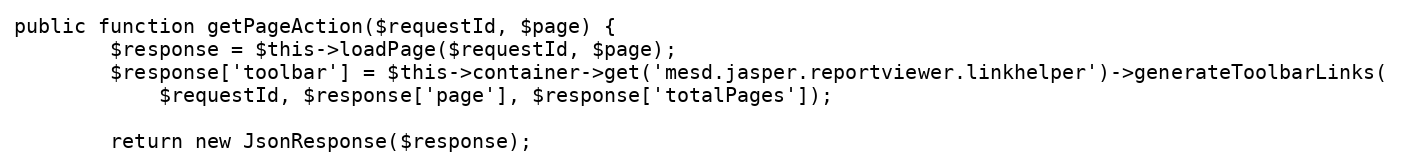
Language: PHP
public function getPageAction($requestId, $page) {
        $response = $this->loadPage($requestId, $page);
        $response['toolbar'] = $this->container->get('mesd.jasper.reportviewer.linkhelper')->generateToolbarLinks(
            $requestId, $response['page'], $response['totalPages']);

        return new JsonResponse($response);